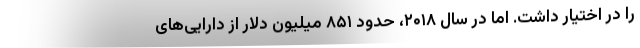
را در اختیار داشت. اما در سال ۲۰۱۸، حدود ۸۵۱ میلیون دلار از دارایی‌های